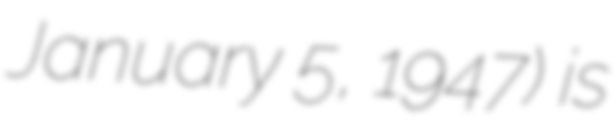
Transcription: January 5, 1947) is